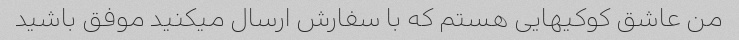
من عاشق کوکیهایی هستم که با سفارش ارسال میکنید موفق باشید